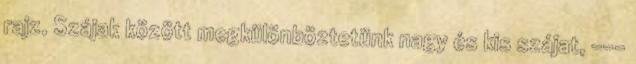
rajz. Szájak között megkülönböztetünk nagy és kis szájat, ---